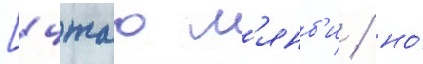
[чжао л'янб'и / но́